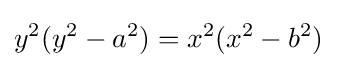
y^{2}(y^{2}-a^{2})=x^{2}(x^{2}-b^{2})